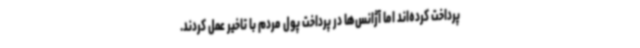
پرداخت کرده‌اند اما آژانس‌ها در پرداخت پول مردم با تاخیر عمل کردند.